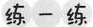
练一练